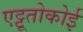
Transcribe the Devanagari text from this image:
एट्टूतोकोई